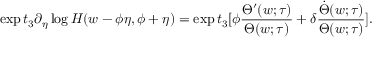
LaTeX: \exp t _ { 3 } \partial _ { \eta } \log H ( w - \phi \eta , \phi + \eta ) = \exp t _ { 3 } [ \phi \frac { \Theta ^ { \prime } ( w ; \tau ) } { \Theta ( w ; \tau ) } + \delta \frac { \dot { \Theta } ( w ; \tau ) } { \Theta ( w ; \tau ) } ] .